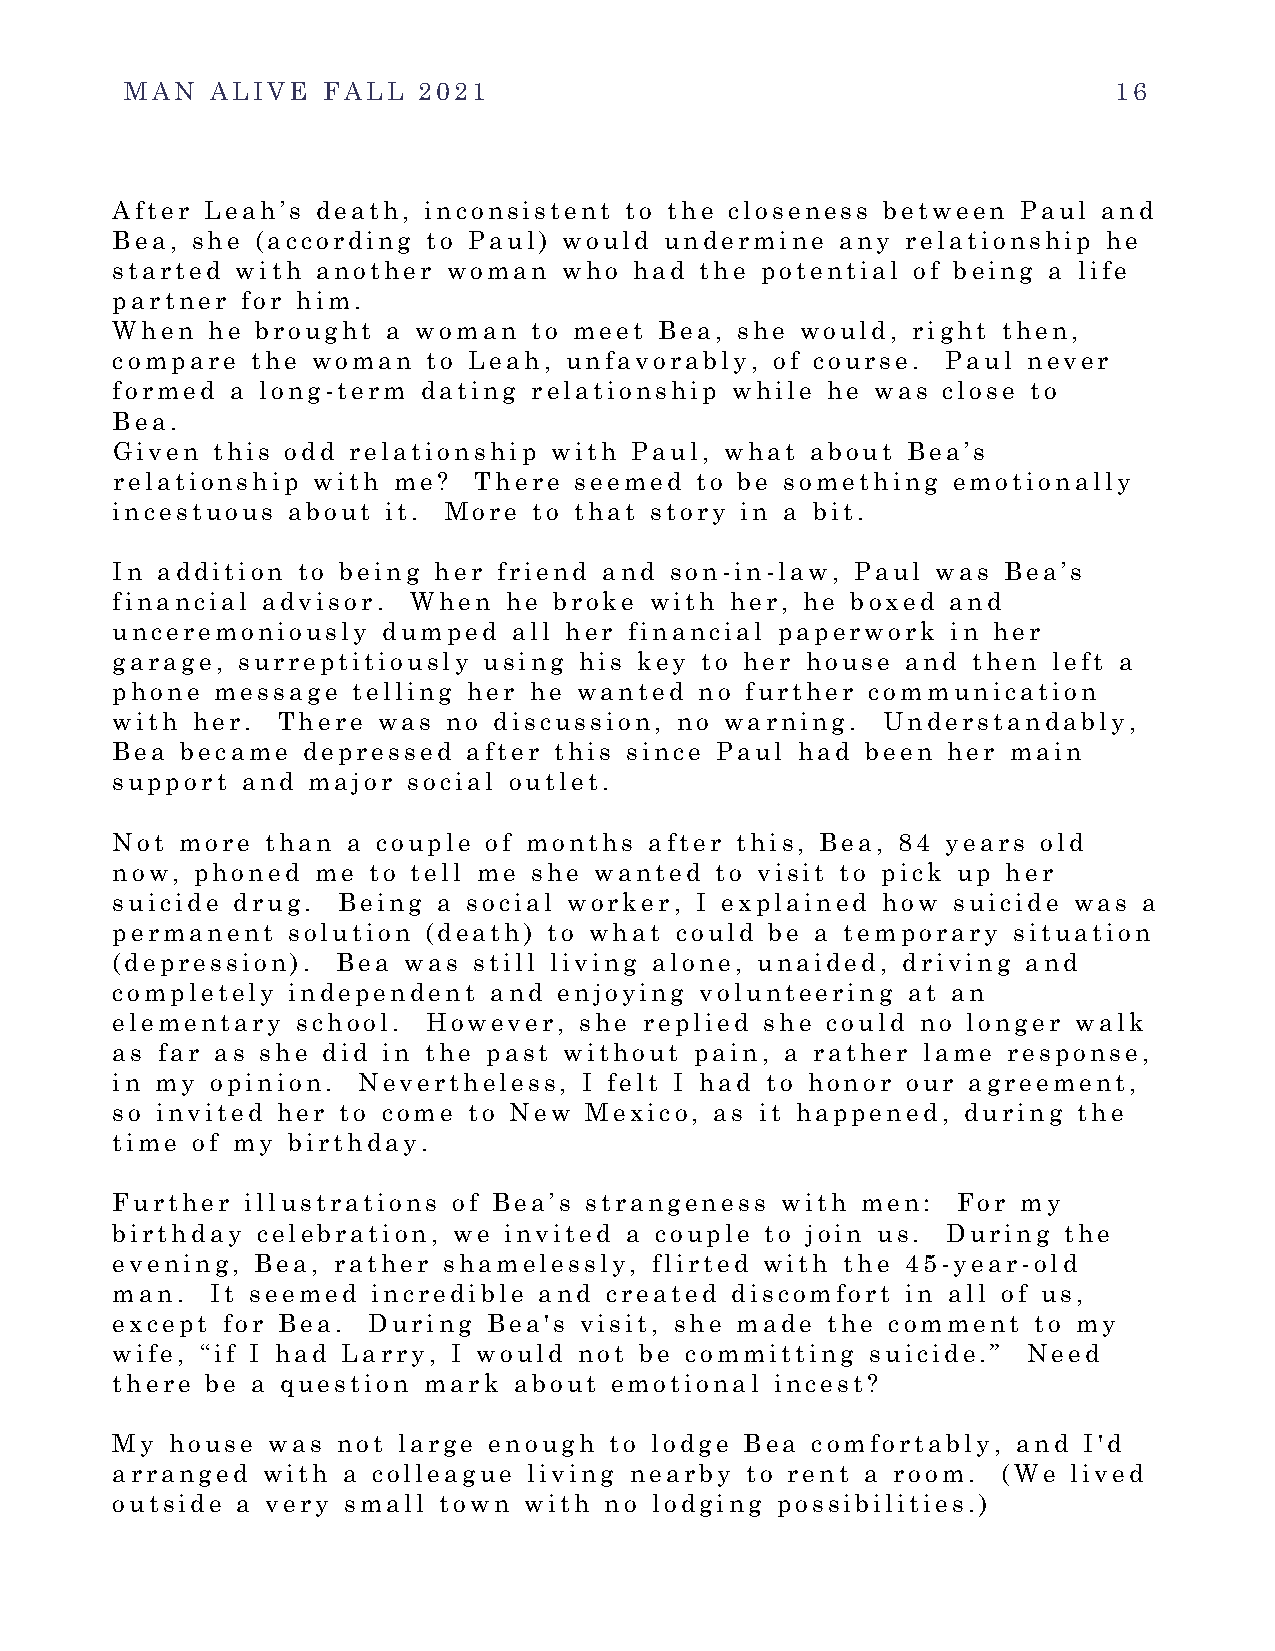
MAN   ALIVE  FALL   2021                                          16
 After  Leah’s death, inconsistent to the closeness between  Paul  and
 Bea,  she (according to Paul) would  undermine   any relationship he
 started  with another  woman  who  had the potential of being a life
 partner  for him.
 When   he brought  a woman  to meet  Bea, she would, right then,
 compare   the woman  to Leah, unfavorably,  of course.  Paul never
 formed  a long-term  dating relationship while  he was close to
 Bea.
 Given  this odd relationship with  Paul, what  about Bea’s
 relationship  with me?  There  seemed  to be something  emotionally
 incestuous  about  it. More to that story in a bit.
 In addition  to being her friend and son-in-law,  Paul was Bea’s
 financial advisor.  When  he  broke with her, he boxed  and
 unceremoniously   dumped   all her financial paperwork  in her
 garage,  surreptitiously using his key to her house  and then  left a
 phone  message  telling her he wanted  no further communication
 with  her. There  was  no discussion, no warning.  Understandably,
 Bea  became  depressed  after this since Paul had been  her main
 support  and major  social outlet.
 Not  more  than a couple of months  after this, Bea, 84 years old
 now,  phoned  me to tell me she wanted  to visit to pick up her
 suicide drug.  Being  a social worker, I explained how  suicide was  a
 permanent   solution (death) to what  could be a temporary  situation
 (depression).  Bea  was still living alone, unaided, driving and
 completely  independent  and  enjoying volunteering  at an
 elementary   school. However,  she  replied she could no longer walk
 as far as she did in the past without  pain, a rather lame  response,
 in my  opinion.  Nevertheless,  I felt I had to honor our agreement,
 so invited her  to come to New  Mexico, as it happened,  during the
 time  of my birthday.
 Further  illustrations of Bea’s strangeness  with men:  For  my
 birthday  celebration, we invited a couple  to join us. During the
 evening,  Bea, rather shamelessly,  flirted with the 45-year-old
 man.   It seemed  incredible and created discomfort  in all of us,
 except  for Bea. During  Bea's visit, she made  the comment  to my
 wife, “if I had Larry, I would not be committing   suicide.” Need
 there  be a question mark  about emotional  incest?
 My  house  was not large enough  to lodge Bea  comfortably, and  I'd
 arranged  with  a colleague living nearby to rent a room.  (We  lived
 outside  a very small town  with no lodging possibilities.)